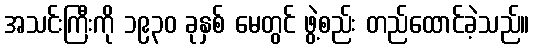
အသင်းကြီးကို ၁၉၃၀ ခုနှစ် မေတွင် ဖွဲ့စည်း တည်ထောင်ခဲ့သည်။